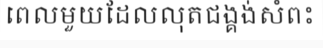
ពេលមួយដែលលុតជង្គង់សំពះ